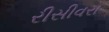
રીસીવરો